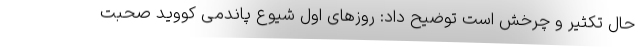
حال تکثیر و چرخش است توضیح داد: روزهای اول شیوع پاندمی کووید صحبت